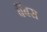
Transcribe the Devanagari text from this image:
बैंबस